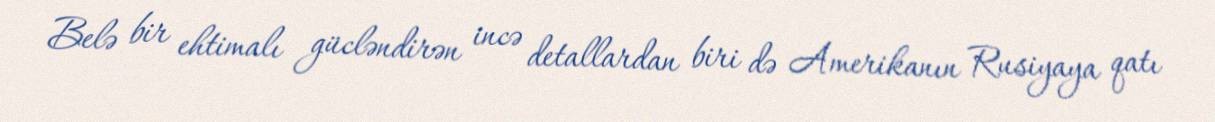
Belə bir ehtimalı gücləndirən incə detallardan biri də Amerikanın Rusiyaya qatı